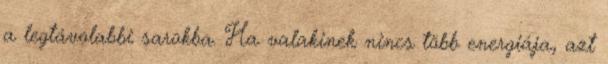
a legtávolabbi sarokba. Ha valakinek nincs több energiája, azt